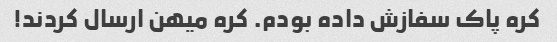
کره پاک سفازش داده بودم. کره میهن ارسال کردند!